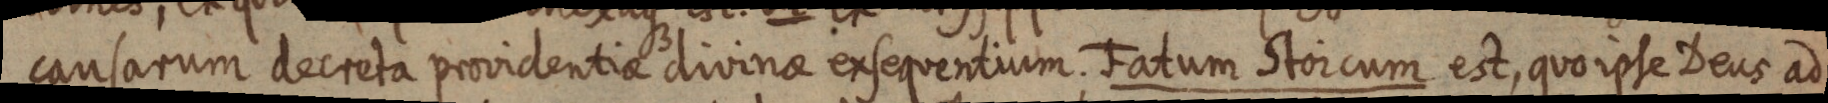
causarum decreta providentiae divinae ex sequentium. Fatum Stoicum est, quo ipse Deus ad